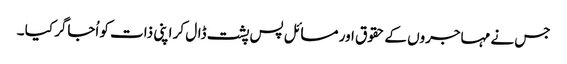
جس نے مہاجروں کے حقوق اور مسائل پس پشت ڈال کر اپنی ذات کو اُجاگر کیا ۔